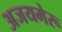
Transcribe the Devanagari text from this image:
अजयमेरू